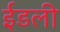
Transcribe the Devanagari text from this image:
ईडली